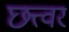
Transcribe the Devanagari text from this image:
छत्त्वर